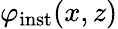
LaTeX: \varphi_{\mathrm{inst}}(x,z)